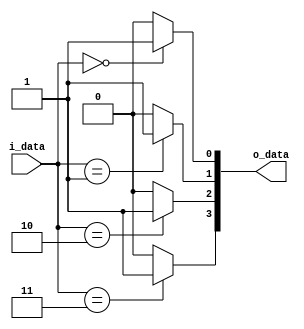
//////////////////////////////////////////
//DECODER
///////////////////////////////////////////
module decoder(i_data, o_data);

parameter WIDTH = 2;

input  [WIDTH-1:0] 	 i_data;
output [2**WIDTH-1:0] o_data; 

genvar i;

generate
  for ( i = 0; i < 2**WIDTH; i = i + 1 ) begin: DC
    assign o_data[i] = (i_data==i) ? 1'b1 : 1'b0;
  end
endgenerate

endmodule
/////////////////////////////////////
//MULTIPLEXER
/////////////////////////////////////
module mux( i_sel, i_d0, i_d1, i_d2, i_d3, i_d4, o_data);

parameter WIDTH = 4;

input [2:0]   					i_sel;
input [WIDTH-1:0]  i_d0,i_d1,i_d2,i_d3,i_d4;
output[WIDTH-1:0]  o_data;

wire  [7:0] 				   one_hot;
genvar i;

decoder	 #( .WIDTH ( 3 ) ) decoder_inst (.i_data( i_sel ),
														.o_data( one_hot )													
													   );
generate
	for( i = 0; i < WIDTH; i = i + 1) begin: MUX
		assign o_data[i] = ((one_hot[0] & i_d0[i])|
								  (one_hot[1] & i_d1[i])|
								  (one_hot[2] & i_d2[i])|
								  (one_hot[3] & i_d3[i])|
								  (one_hot[4] & i_d4[i])
								  );
	end
	
endgenerate



endmodule